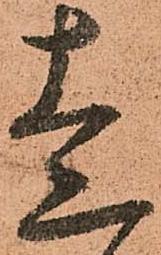
走